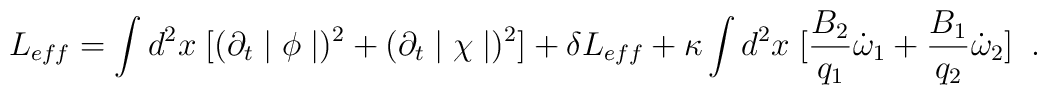
L_{eff}=\int d^{2}x\;[(\partial_{t}\mid\phi\mid)^{2}+            (\partial_{t}\mid\chi\mid)^{2}]+\delta L_{eff}+            \kappa\int d^{2}x\;[\frac{B_{2}}{q_{1}}\dot{\omega}_{1}+                                \frac{B_{1}}{q_{2}}\dot{\omega}_{2}] \;\;.